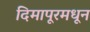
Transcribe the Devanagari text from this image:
दिमापूरमधून